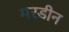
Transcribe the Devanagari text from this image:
मरडीन